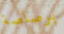
برصاصة